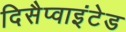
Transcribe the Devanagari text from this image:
दिसैप्वाइंटेड